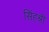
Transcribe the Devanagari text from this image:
सिंहश्री